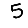
Digit: 5